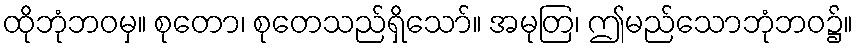
ထိုဘုံဘဝမှ။ စုတော၊ စုတေသည်ရှိသော်။ အမုတြ၊ ဤမည်သောဘုံဘဝ၌။